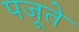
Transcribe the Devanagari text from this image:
पजूते